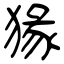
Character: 猭